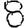
Digit: 8